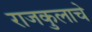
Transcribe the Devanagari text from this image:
राजकुलाचे